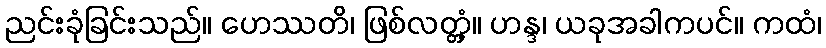
ညင်းခုံခြင်းသည်။ ဟေဿတိ၊ ဖြစ်လတ္တံ့။ ဟန္ဒ၊ ယခုအခါကပင်။ ကထံ၊